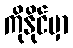
ကိုနိုင်မှာ